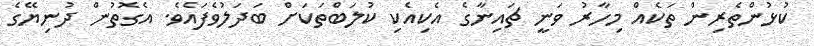
ކުޅުންތެރިން ތަކެއް މިހާރު ވަނީ ޗައިނާގެ އެކިއެކި ކުލަބްތަކަށް ބަދަލުވެފައެވެ. އެގޮތުން ދުނިޔޭގެ